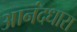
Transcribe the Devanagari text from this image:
आनंदधारा